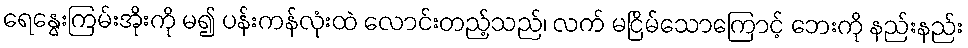
ရေနွေးကြမ်းအိုးကို မ၍ ပန်းကန်လုံးထဲ လောင်းတည့်သည်၊ လက် မငြိမ်သောကြောင့် ဘေးကို နည်းနည်း